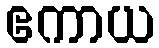
ဧကာယ